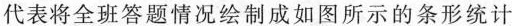
代表将全班答题情况绘制成如图所示的条形统计